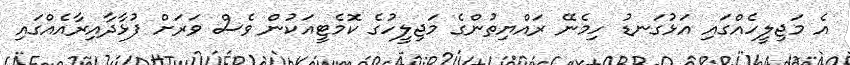
އެ މަޖިލީހެއްގައި އަޅުގަނޑު ހިމެނޭ ރައްޔިތުންގެ މަޖިލީހުގެ ކޮމެޓީއަކުން ވެސް ވަރަށް ފުޅާދާއިރާއެއްގައި